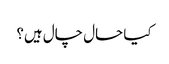
کیا حال چال ہیں؟